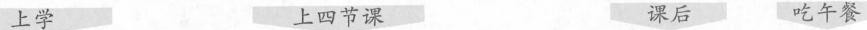
上学 上四节课 课后 吃午餐